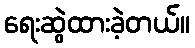
ရေးဆွဲထားခဲ့တယ်။